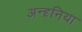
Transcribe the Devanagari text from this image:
अन्दृनिया